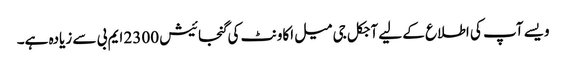
ویسے آپ کی اطلاع کے لیے آجکل جی میل اکاونٹ کی گنجائیش 2300 ایم بی سے زیادہ ہے۔